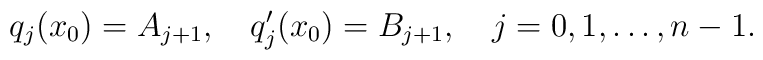
q_j(x_0)=A_{j+1},\quad q'_{j}(x_0)=B_{j+1},\quad j=0,1,\ldots,n-1.